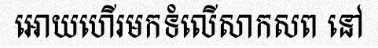
អោយហើរមកទំលើសាកសព នៅ